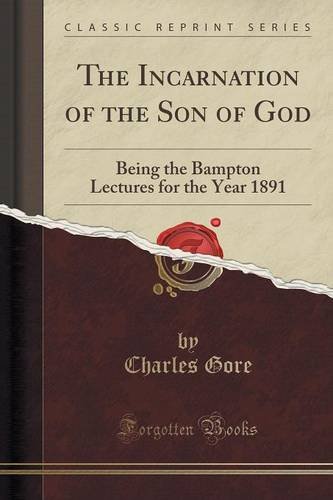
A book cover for The Incarnation of the Son of God: Being the Bampton Lectures for the Year 1891 (Classic Reprint); Charles Gore; Literature & Fiction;